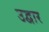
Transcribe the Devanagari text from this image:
उद्वार